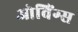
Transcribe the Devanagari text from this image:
ओविंग्स